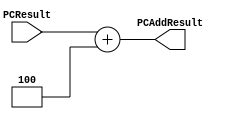
`timescale 1ns / 1ps

module PCAdder(PCResult, PCAddResult);
    
    input [31:0] PCResult;
    output reg [31:0] PCAddResult;
    
    initial begin
        PCAddResult <= 0;
    end
    
    always @(PCResult) begin
        PCAddResult <= PCResult + 32'd4;
    end
    
endmodule